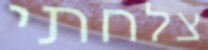
צלחתי